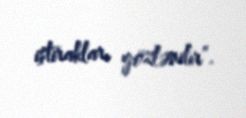
iştirakları gözlənilir”.